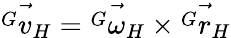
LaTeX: \vec{{^G}v_{H}}=\vec{{^G}\omega_{H}}\times\vec{{^G}r_{H}}